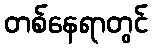
တစ်နေရာတွင်